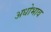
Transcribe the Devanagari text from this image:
अधोभाव